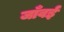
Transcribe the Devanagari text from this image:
जाँवई